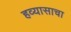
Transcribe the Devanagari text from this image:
हव्यासाचा